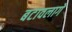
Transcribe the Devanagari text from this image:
बटावलागे